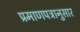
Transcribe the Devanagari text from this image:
प्रमाणपत्रानुसार